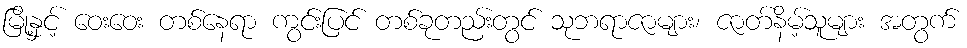
မြို့နှင့် ဝေးဝေး တစ်နေရာ ကွင်းပြင် တစ်ခုတည်းတွင် သုဘရာဇာများ၊ ဇာတ်နိမ့်သူများ အတွက်